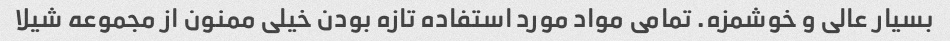
بسیار عالی و خوشمزه. تمامی مواد مورد استفاده تازه بودن خیلی ممنون از مجموعه شیلا